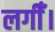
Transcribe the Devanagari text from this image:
लगीँ।